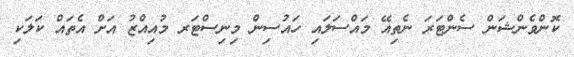
ކޮންވެންޝަން ސެންޓަރަ ނެތިއޭ މައްސަލައި ހައުސިން މިނިސްޓަރ މުއިއްޒު އަށް އެތައް ކަލަކި